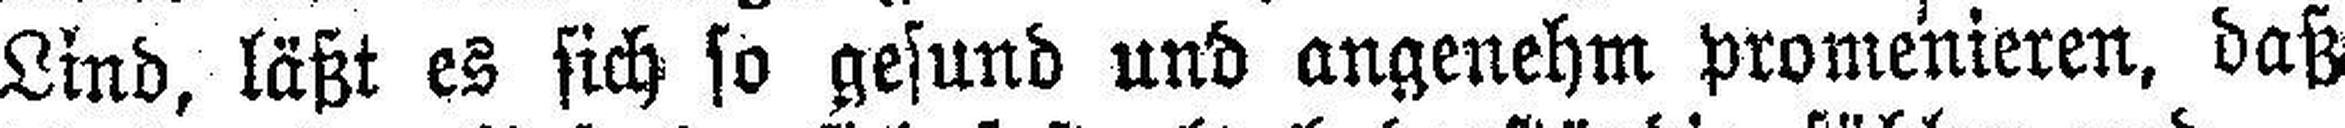
Lind, läßt es sich so gesund und angenehm promenieren, daß